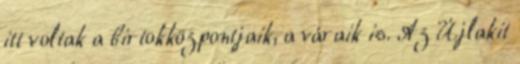
itt voltak a birtokközpontjaik, a váraik is. Az Újlakit